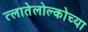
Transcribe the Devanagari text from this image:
त्लातेलोल्कोच्या